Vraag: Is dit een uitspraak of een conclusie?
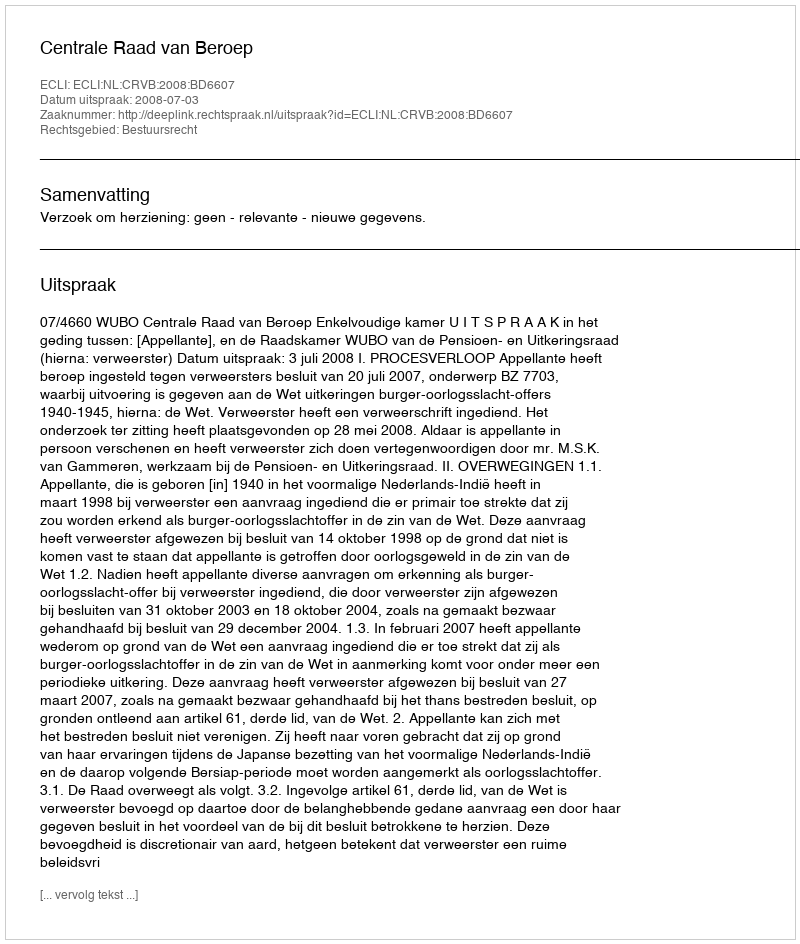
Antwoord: Uitspraak